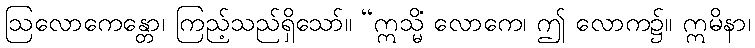
ဩလောကေန္တော၊ ကြည့်သည်ရှိသော်။ “ဣသ္မိံ လောကေ၊ ဤ လောက၌။ ဣမိနာ၊